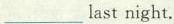
___last night.